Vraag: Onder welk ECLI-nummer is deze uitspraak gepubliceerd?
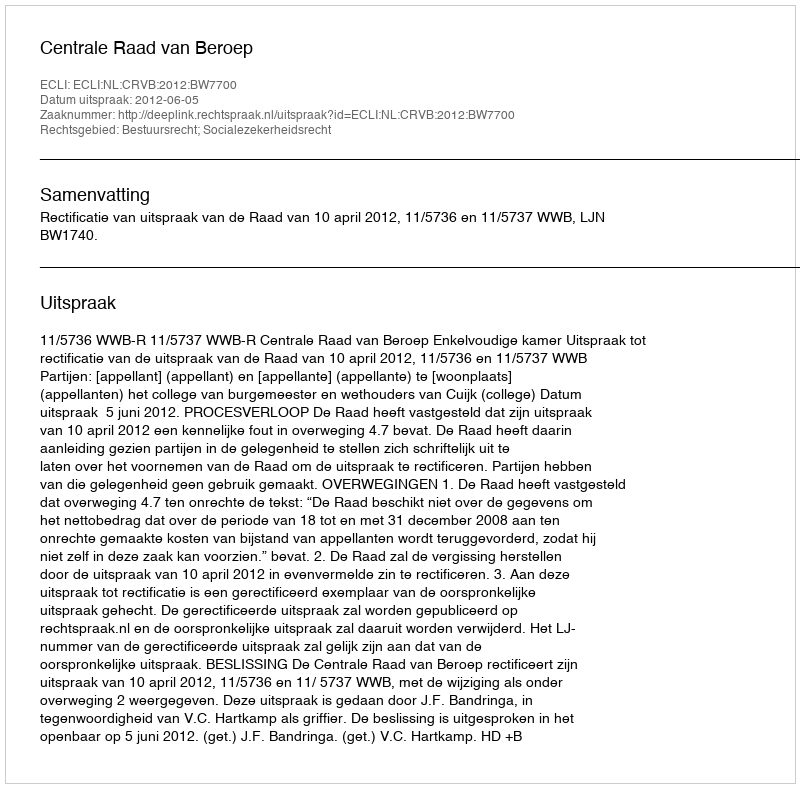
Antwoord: ECLI:NL:CRVB:2012:BW7700